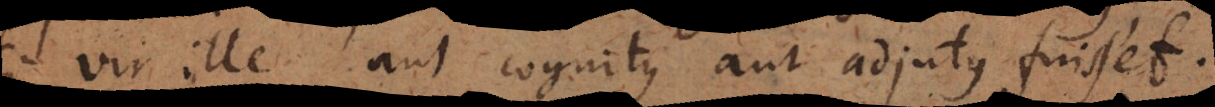
si vir ille aut cognitus aut adjutus fuisset.